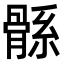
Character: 𩩌